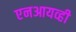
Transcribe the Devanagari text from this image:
एनआयव्ही